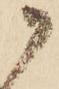
か